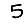
Digit: 5